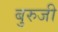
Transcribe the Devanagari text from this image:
बुरुजी